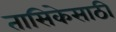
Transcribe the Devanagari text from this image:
तासिकेसाठी